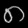
Digit: ၈